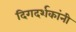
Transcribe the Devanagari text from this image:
दिगदर्शकांनी